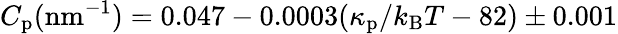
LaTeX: C_{\mathrm{p}}(\mathrm{nm}^{-1})=0.047-0.0003(\kappa_{\mathrm{p}}/k_{\mathrm{B}}T-82)\pm 0.001